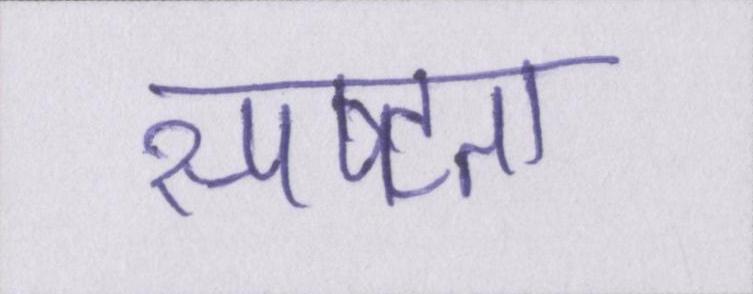
स्पष्टता